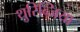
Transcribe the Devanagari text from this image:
थुरिन्जिया